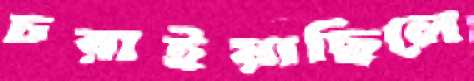
চরাইয়াছিলে